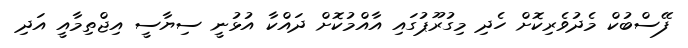
ފޭސްބުކް މެދުވެރިކޮށް ހެދި މިގުރޫޕުގައި އާއްމުކޮށް ދައްކާ އުޅުނީ ސިޔާސީ އިޖްތިމާއީ އަދި